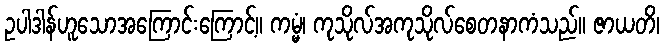
ဥပါဒါန်ဟူသောအကြောင်းကြောင့်။ ကမ္မံ၊ ကုသိုလ်အကုသိုလ်စေတနာကံသည်။ ဇာယတိ၊